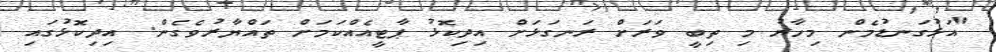
"އަޅުގަނޑުމެން މިހާރު މި ތިބީ ވަރަށް ރަނގަޅަށް އިދިކޮޅު ޕާޓީއެއްކަމަށް ތައްޔާރުވެގެން. އިދިކޮޅުގައި